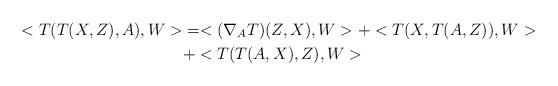
LaTeX: \begin{align*}<T(T(X,Z),A),W>&=<(\nabla_{A}T)(Z,X),W>+<T(X,T(A,Z)),W>\\&+<T(T(A,X),Z),W>\end{align*}